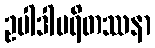
ဥပါဒါပရိတဿနာ